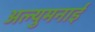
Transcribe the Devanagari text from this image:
अल्युमनाई